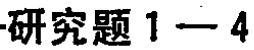
研究题1—4